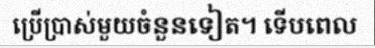
ប្រើប្រាស់មួយចំនួនទៀត។ ទើបពេល